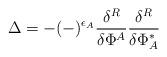
LaTeX: \begin{align*}\Delta = - (-)^{\epsilon_A}\frac{\delta^R}{\delta\Phi^A}\frac{\delta^R}{\delta\Phi^*_A}\end{align*}